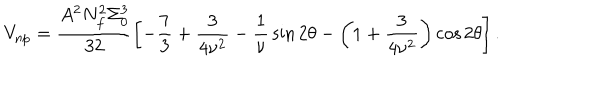
V _ { \mathrm { n p } } = \frac { A ^ { 2 } N _ { f } ^ { 2 } \Sigma _ { 0 } ^ { 3 } } { 3 2 } \left[ - { \frac { 7 } { 3 } } + \frac { 3 } { 4 \nu ^ { 2 } } - { \frac { 1 } { \nu } } \sin { 2 \theta } - \left( 1 + \frac { 3 } { 4 \nu ^ { 2 } } \right) \cos { 2 \theta } \right] .